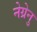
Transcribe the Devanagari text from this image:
नेग्रेनु